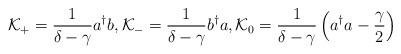
LaTeX: \begin{align*} \mathcal K_+ = \frac{1}{\delta-\gamma} a^\dagger b, \mathcal K_- = \frac{1}{\delta-\gamma} b^\dagger a, \mathcal K_0 = \frac{1}{\delta-\gamma} \left(a^\dagger a - \frac \gamma 2 \right)\end{align*}